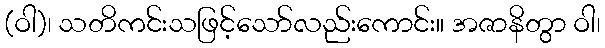
(ဝါ)၊ သတိကင်းသဖြင့်သော်လည်းကောင်း။ အဇာနိတွာ ဝါ၊